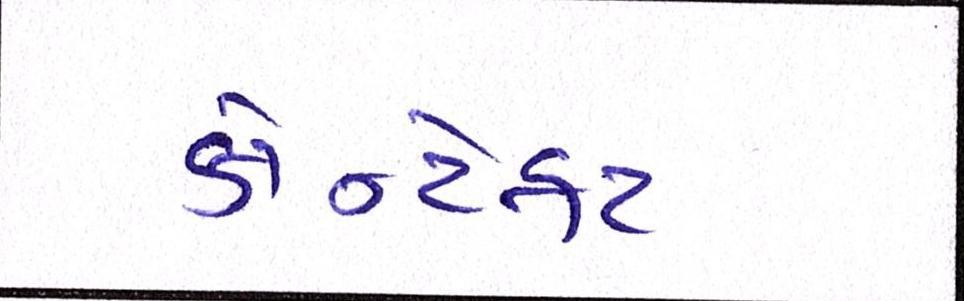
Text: કોન્ટેકટ